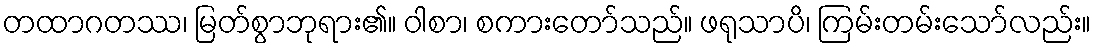
တထာဂတဿ၊ မြတ်စွာဘုရား၏။ ဝါစာ၊ စကားတော်သည်။ ဖရုသာပိ၊ ကြမ်းတမ်းသော်လည်း။